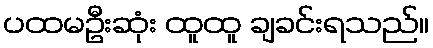
ပထမဦးဆုံး ထူထူ ချခင်းရသည်။